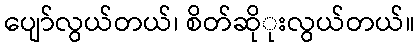
ပျော်လွယ်တယ်၊ စိတ်ဆိုုးလွယ်တယ်။